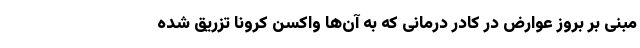
مبنی بر بروز عوارض در کادر درمانی که به آن‌ها واکسن کرونا تزریق شده